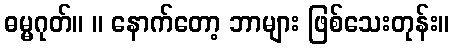
ဓမ္မဂုတ်။ ။ နောက်တော့ ဘာများ ဖြစ်သေးတုန်း။